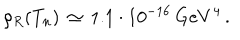
\rho _ { R } ( T _ { n } ) \, \simeq \, 1 . 1 \cdot 1 0 ^ { - 1 6 } \, G e V ^ { 4 } \, .